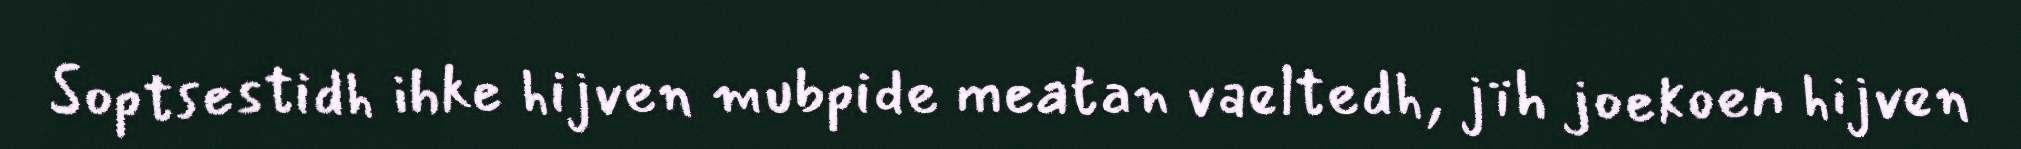
Soptsestidh ihke hijven mubpide meatan vaeltedh, jïh joekoen hijven